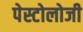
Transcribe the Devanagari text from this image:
पेस्टोलोजी